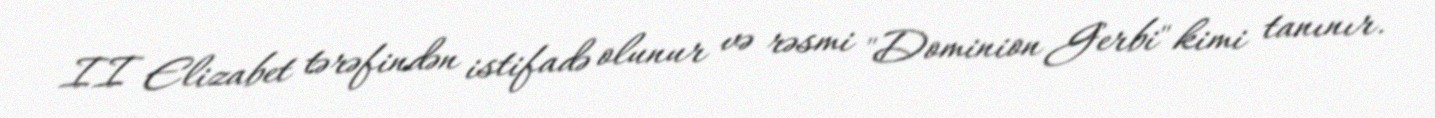
II Elizabet tərəfindən istifadə olunur və rəsmi "Dominion Gerbi" kimi tanınır.